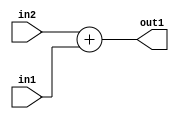
`timescale 1ps / 1ps
/*****************************************************************************
    Verilog RTL Description
    
    
    Created by: Stratus DpOpt 21.05.01 
*******************************************************************************/

module dut_Add_6Ux4U_7U_4 (
	in2,
	in1,
	out1
	); /* architecture "behavioural" */ 
input [5:0] in2;
input [3:0] in1;
output [6:0] out1;
wire [6:0] asc001;

assign asc001 = 
	+(in2)
	+(in1);

assign out1 = asc001;
endmodule

/* CADENCE  ubD0Qgg= : u9/ySxbfrwZIxEzHVQQV8Q== ** DO NOT EDIT THIS LINE ******/